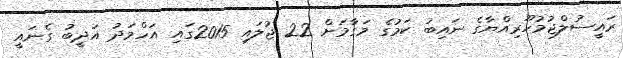
ރައީސުލްޖުމުހޫރިއްޔާގެ ނައިބު ކަމުގެ މަގާމަށް 22 ޖުލައި 2015ގައި އަހްމަދު އަދީބު ގެނައީ